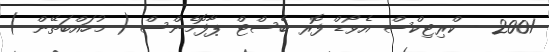
2001 - ކްރިޓިކްސް އެވޯޑް ފޮރ ބެސްޓް ޕާފޮމެންސް ( މުހައްބަތޭން )